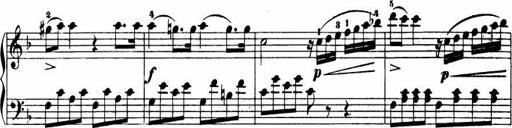
Title: Le bouquetier
Composer: Anton Diabelli
Key: G major
 C major
 F major
 C major